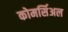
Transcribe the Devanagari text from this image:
कोमर्सिअल